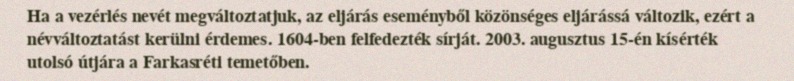
Ha a vezérlés nevét megváltoztatjuk, az eljárás eseményből közönséges eljárássá változik, ezért a névváltoztatást kerülni érdemes. 1604-ben felfedezték sírját. 2003. augusztus 15-én kísérték utolsó útjára a Farkasréti temetőben.